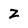
Character: Z